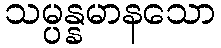
သမ္ပန္နမာနသော